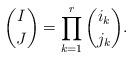
LaTeX: \begin{align*}\binom{I}{J}=\prod_{k=1}^r \binom{i_k}{j_k}.\end{align*}